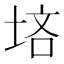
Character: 𪣠